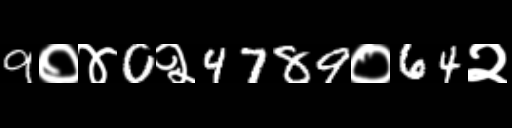
Text: 9०४0२4789०64२